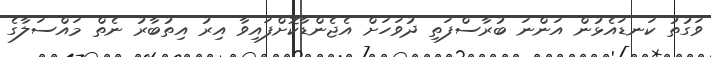
ވަގުތު ކަނޑައެޅުން އަންނަ ބުރާސްފަތި ދުވަހަށް އެޖެންޑާކޮށްފައިވާ އިރު އިތުބާރު ނެތް މައްސަލާގެ